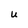
Character: U